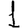
Digit: 1